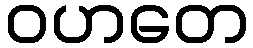
ဝဟတေ